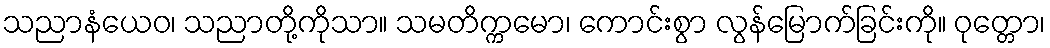
သညာနံယေဝ၊ သညာတို့ကိုသာ။ သမတိက္ကမော၊ ကောင်းစွာ လွန်မြောက်ခြင်းကို။ ဝုတ္တော၊